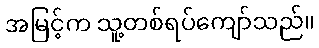
အမြင့်က သူ့တစ်ရပ်ကျော်သည်။